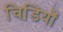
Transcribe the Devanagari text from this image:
चिडि़यों